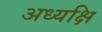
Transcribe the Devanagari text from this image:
अध्यक्षि